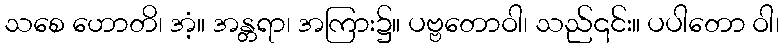
သစေ ဟောတိ၊ အံ့။ အန္တရာ၊ အကြား၌။ ပဗ္ဗတောဝါ၊ သည်၎င်း။ ပပါတော ဝါ၊